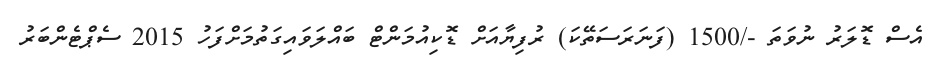
އެސް ޑޮލަރު ނުވަތަ -/1500 (ފަނަރަސަތޭކަ) ރުފިޔާއަށް ޑޮކިއުމަންޓް ބައްލަވައިގަތުމަށްފަހު 2015 ސެޕްޓެންބަރު